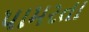
પામરતા